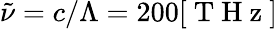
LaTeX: \tilde{\nu}=c/\Lambda=200[\mathrm{~T~H~z~}]